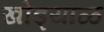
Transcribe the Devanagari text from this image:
खोड्याळ